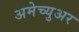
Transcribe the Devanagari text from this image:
अमेच्युअर